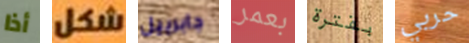
أذا شكل جابرييل بعمر بفترة حربي